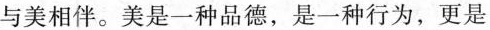
与美相伴。美是一种品德，是一种行为，更是